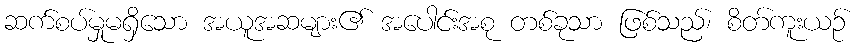
ဆက်စပ်မှုမရှိသော အယူအဆများ၏ အပေါင်းအစု တစ်ခုသာ ဖြစ်သည်၊ စိတ်ကူးယဉ်